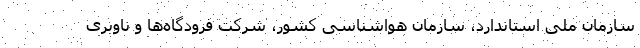
سازمان ملی استاندارد، سازمان هواشناسی کشور، شرکت فرودگاه‌ها و ناوبری